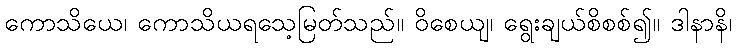
ကောသိယေ၊ ကောသိယရသေ့မြတ်သည်။ ဝိစေယျ၊ ရွေးချယ်စိစစ်၍။ ဒါနာနိ၊